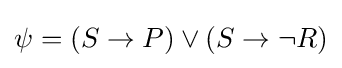
\psi =(S\to P)\lor (S\to \lnot R)